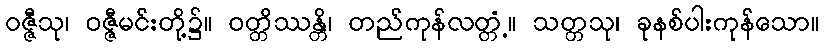
ဝဇ္ဇီသု၊ ဝဇ္ဇီမင်းတို့၌။ ဝတ္တိဿန္တိ၊ တည်ကုန်လတ္တံ့။ သတ္တသု၊ ခုနစ်ပါးကုန်သော။